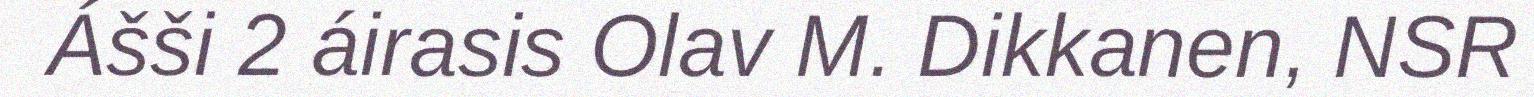
Ášši 2 áirasis Olav M. Dikkanen, NSR